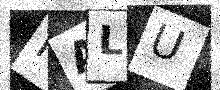
Text: RALU